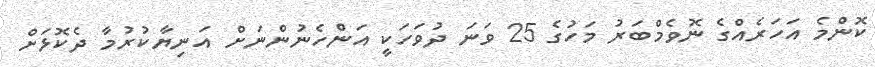
ކޮންމެ އަހަރެއްގެ ނޮވެމްބަރު މަހުގެ 25 ވަނަ ދުވަހަކީ އަންހެނުންނަށް އަނިޔާކުރުމާ ދެކޮޅަށް